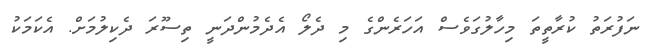
ނަފުރަތު ކުރާތީތަ މިހާލުގަވެސް އަހަރެންގެ މި ދެލޯ އެދެމުންދަނީ ތިސޫރަ ދެކިލުމަށް. އެކަމަކު